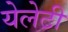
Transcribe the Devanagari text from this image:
येलेटी